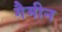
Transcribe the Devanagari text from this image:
गैमीन